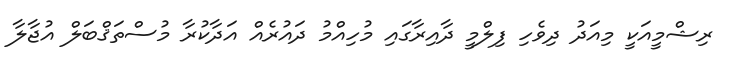
ރިޝްމީއަކީ މިއަދު ދިވެހި ފިލްމީ ދާއިރާގައި މުހިއްމު ދައުރެއް އަދާކުރާ މުސްތަޤްބަލް އުޖާލާ